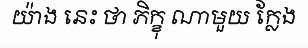
យ៉ាង នេះ ថា ភិក្ខុ ណាមួយ ក្លែង